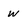
Character: w